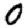
Digit: 0